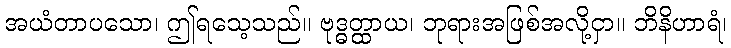
အယံတာပသော၊ ဤရသေ့သည်။ ဗုဒ္ဓတ္ထာယ၊ ဘုရားအဖြစ်အလို့ငှာ။ ဘိနိဟာရံ၊